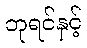
ဘုရင်နှင့်